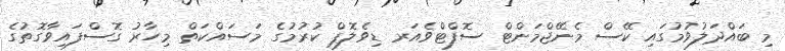
މި ބައްދަލުވުމުގައި ކޭސް މެނޭޖްމަންޓް ސޮފްޓްވެއަރ ޑިވެލޮޕް ކުރުމުގެ މަސައްކަތް މިހާރު ގޮސްފައިވާގޮތުގެ